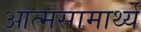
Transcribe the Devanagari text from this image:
आत्मसामार्थ्य